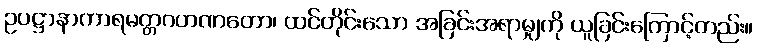
ဥပဋ္ဌာနာကာရမတ္တဂဟဏတော၊ ထင်တိုင်းသော အခြင်းအရာမျှကို ယူခြင်းကြောင့်တည်း။